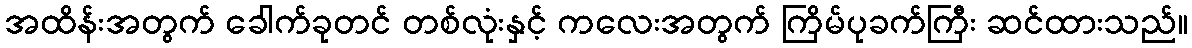
အထိန်းအတွက် ခေါက်ခုတင် တစ်လုံးနှင့် ကလေးအတွက် ကြိမ်ပုခက်ကြီး ဆင်ထားသည်။